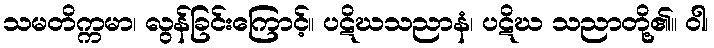
သမတိက္ကမာ၊ လွန်ခြင်းကြောင့်။ ပဋိဃသညာနံ၊ ပဋိဃ သညာတို့၏။ ဝါ၊